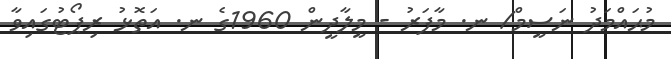
މުޙައްމަދު ނަސީމް/ ނ. މާފަރު - މީލާދީން 1960ގެ ނ. އަތޮޅު ރިޕޯޓުގައިވާ